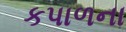
કપાળના